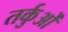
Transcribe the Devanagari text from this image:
तर्कुओं